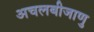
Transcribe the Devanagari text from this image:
अचलबीजाणु